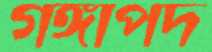
গঙ্গাপদ